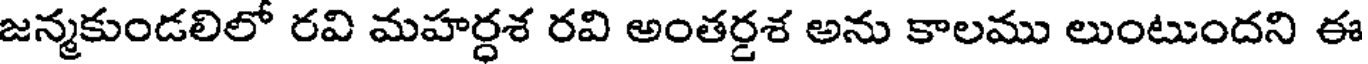
జన్మకుండలిలో రవి మహర్ధశ రవి అంతర్డశ అను కాలము లుంటుందని ఈ